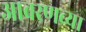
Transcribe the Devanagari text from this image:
आवरणच्या